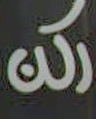
رکن